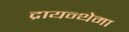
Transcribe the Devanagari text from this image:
द्रायन्थेमा